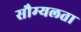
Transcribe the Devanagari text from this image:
सौम्‍यलता